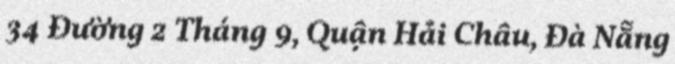
34 Đường 2 Tháng 9, Quận Hải Châu, Đà Nẵng